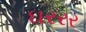
ઘરરર